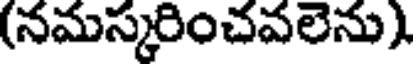
(నమస్కరించవలెను)